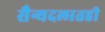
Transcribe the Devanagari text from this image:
सैन्यदलातही